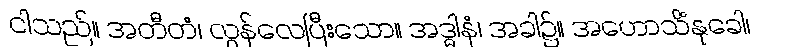
ငါသည်။ အတီတံ၊ လွန်လေပြီးသော။ အဒ္ဓါနံ၊ အခါ၌။ အဟောသိံနုခေါ၊